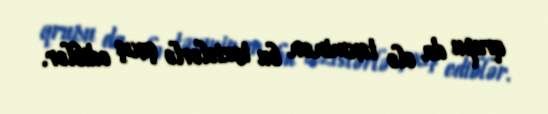
qrupu da elə təxminən bu tezislərlə çıxış ediblər.